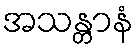
အသန္တာနံ